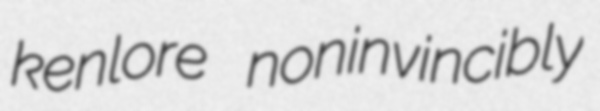
kenlore noninvincibly